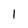
Character: 1